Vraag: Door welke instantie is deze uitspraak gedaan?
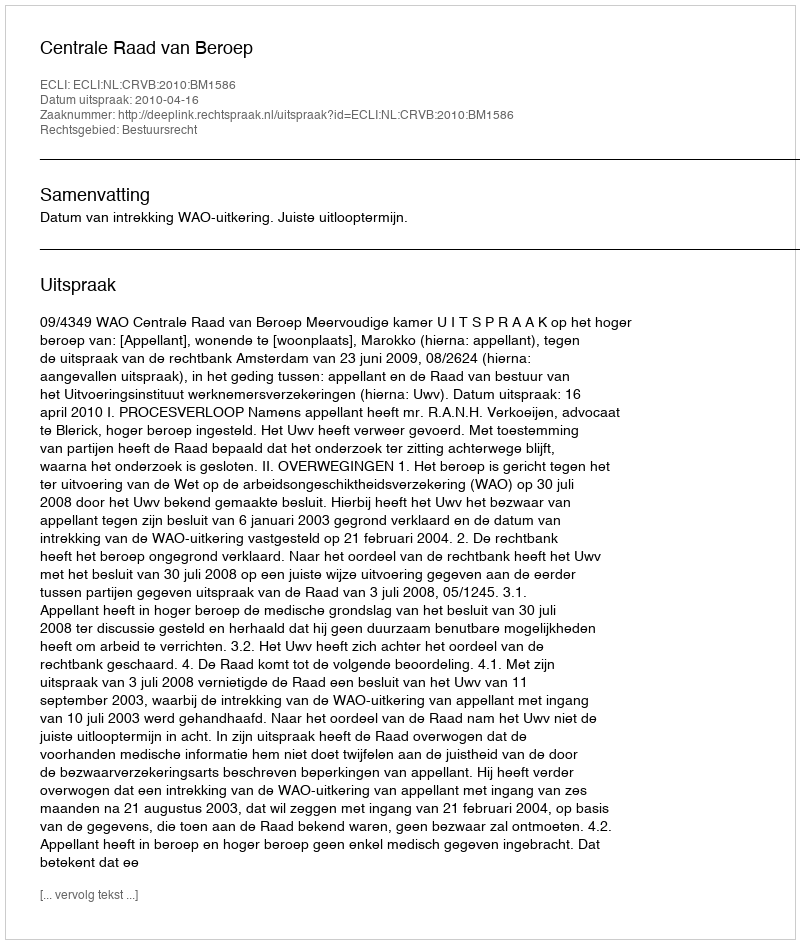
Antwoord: Centrale Raad van Beroep